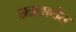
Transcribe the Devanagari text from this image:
छत्रछायेत